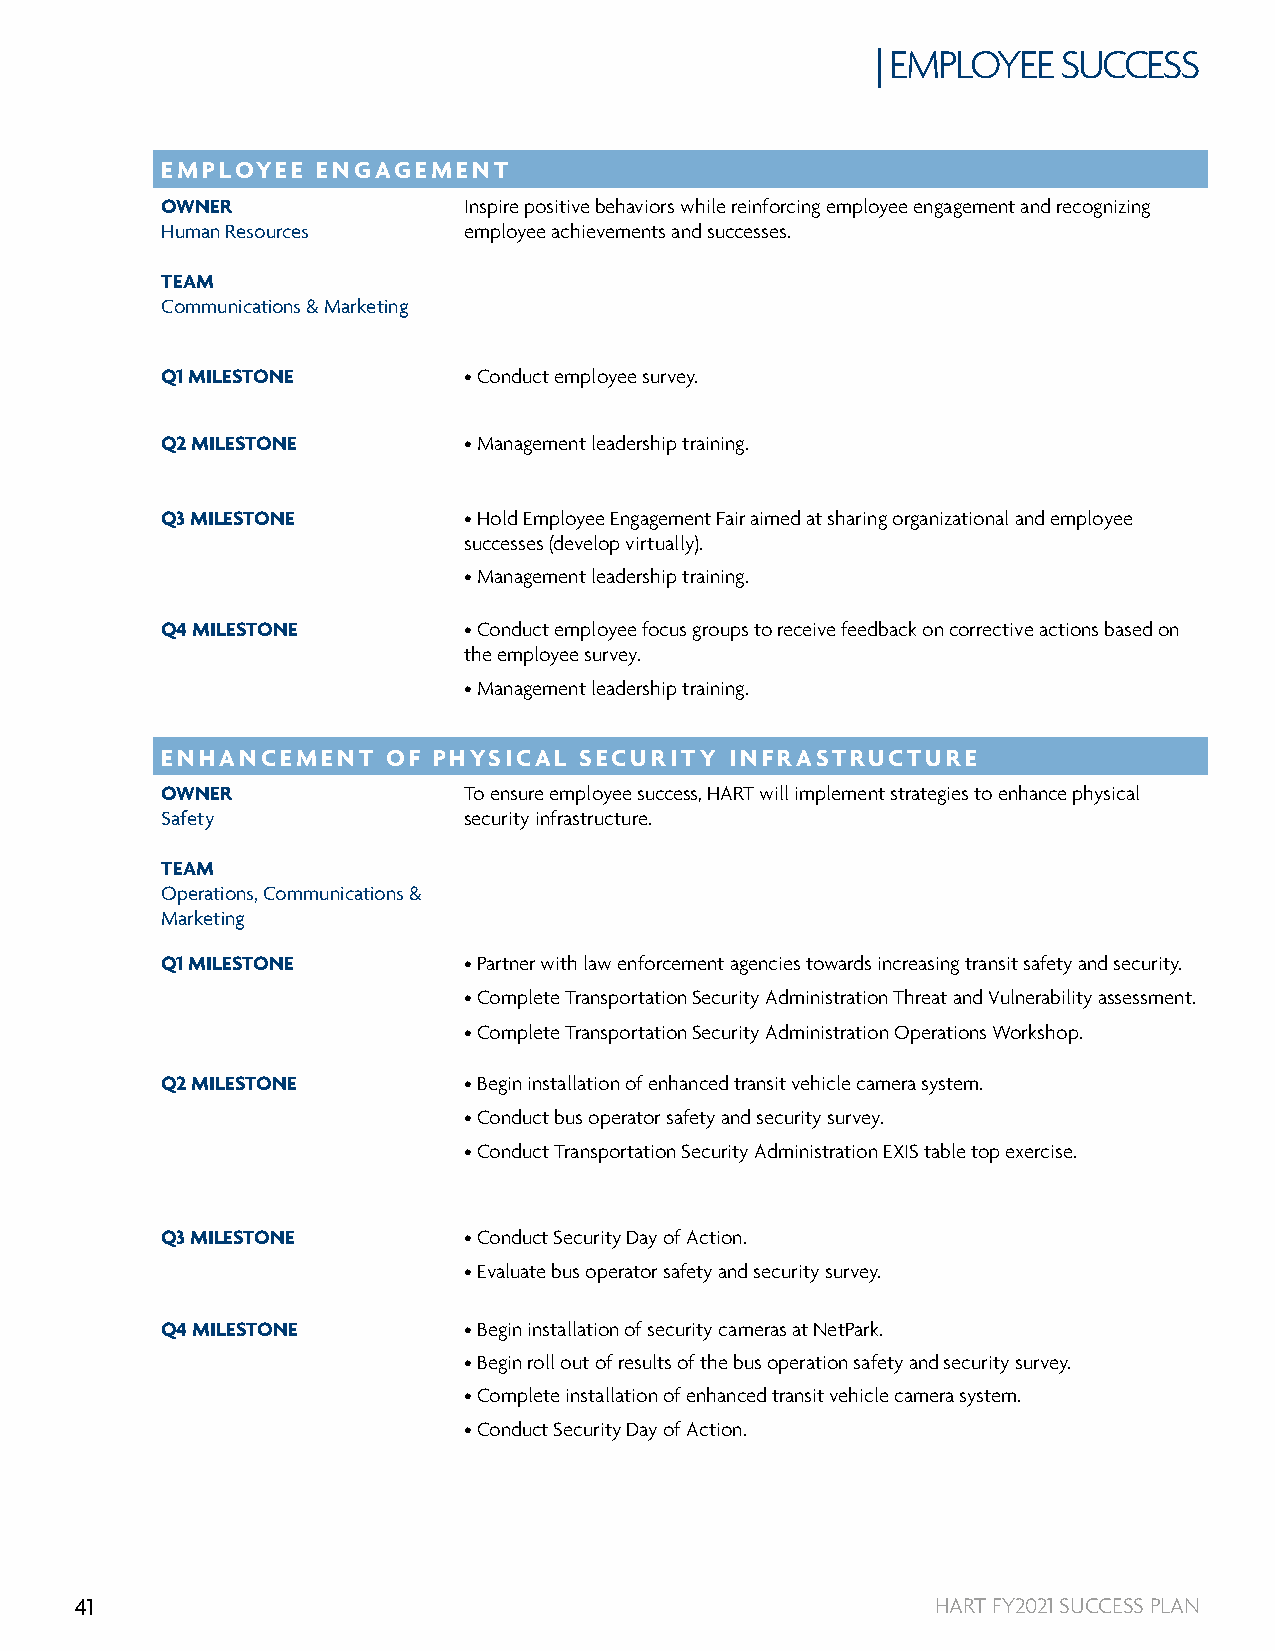
| EMPLOYEE  SUCCESS
 EMPLOYEE  ENGAGEMENT
 OWNER               Inspire positive behaviors while reinforcing employee engagement and recognizing
 Human Resources     employee achievements and successes.
 TEAM
 Communications & Marketing
 Q1 MILESTONE        • Conduct employee survey.
 Q2 MILESTONE        • Management leadership training.
 Q3 MILESTONE        • Hold Employee Engagement Fair aimed at sharing organizational and employee
 successes (develop virtually).
 • Management leadership training.
 Q4 MILESTONE        • Conduct employee focus groups to receive feedback on corrective actions based on
 the employee survey.
 • Management leadership training.
 ENHANCEMENT    OF PHYSICAL SECURITY  INFRASTRUCTURE
 OWNER               To ensure employee success, HART will implement strategies to enhance physical
 Safety              security infrastructure.
 TEAM
 Operations, Communications &
 Marketing
 Q1 MILESTONE        • Partner with law enforcement agencies towards increasing transit safety and security.
 • Complete Transportation Security Administration Threat and Vulnerability assessment.
 • Complete Transportation Security Administration Operations Workshop.
 Q2 MILESTONE        • Begin installation of enhanced transit vehicle camera system.
 • Conduct bus operator safety and security survey.
 • Conduct Transportation Security Administration EXIS table top exercise.
 Q3 MILESTONE        • Conduct Security Day of Action.
 • Evaluate bus operator safety and security survey.
 Q4 MILESTONE        • Begin installation of security cameras at NetPark.
 • Begin roll out of results of the bus operation safety and security survey.
 • Complete installation of enhanced transit vehicle camera system.
 • Conduct Security Day of Action.
 41                                                       HART FY2021 SUCCESS PLAN